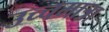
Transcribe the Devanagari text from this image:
उच्चमात्रा